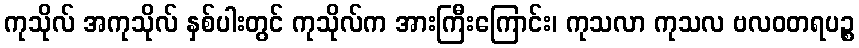
ကုသိုလ် အကုသိုလ် နှစ်ပါးတွင် ကုသိုလ်က အားကြီးကြောင်း၊ ကုသလာ ကုသလ ဗလဝတရပဉ္စ